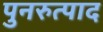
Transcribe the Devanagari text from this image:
पुनरुत्पाद